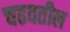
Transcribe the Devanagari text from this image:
चढवतील